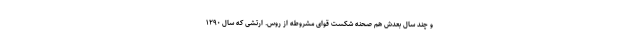
و چند سال بعدش هم صحنه شکست قوای مشروطه از روس. ارتشی که سال ۱۲۹۰